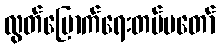
လွတ်မြောက်ရေးတပ်မတော်